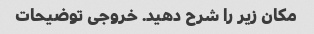
مکان زیر را شرح دهید. خروجی توضیحات